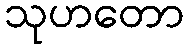
သုဟတော